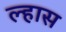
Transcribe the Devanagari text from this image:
ल्हास